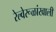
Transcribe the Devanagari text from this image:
रेल्वेरूळांखाली